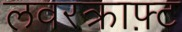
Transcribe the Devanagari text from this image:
लवरक्राफ़्ट